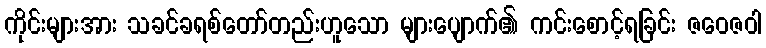
ကိုင်းများအား သခင်ခရစ်တော်တည်းဟူသော များပျောက်၏ ကင်းစောင့်ရခြင်း ဇဝေဇဝါ